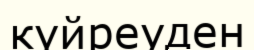
күйреуден